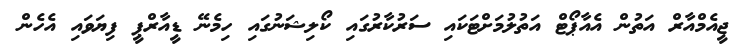
ޖީއެމްއާރް އަތުން އެއާޕޯޓް އަތުލުމަށްޓަކައި ސަރުކާރުގައި ކޯލިޝަނުގައި ހިމެނޭ ޑީއާރްޕީ ފިޔަވައި އެހެން